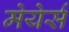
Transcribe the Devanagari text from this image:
मेयेर्स